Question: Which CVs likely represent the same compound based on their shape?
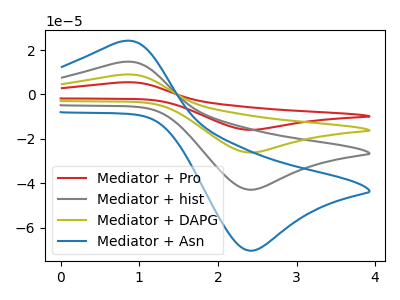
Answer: <think>The red curve "Mediator + Pro" has an anodic peak at (0.80V, 43.90uA) and a cathodic peak at (2.45V, -128.75uA). The gray curve "Mediator + hist" has an anodic peak at (0.80V, 14.65uA) and a cathodic peak at (2.45V, -42.90uA). The olive curve "Mediator + DAPG" has an anodic peak at (0.80V, 29.25uA) and a cathodic peak at (2.45V, -85.85uA). The blue curve "Mediator + Asn" has an anodic peak at (0.80V, 24.00uA) and a cathodic peak at (2.45V, -70.35uA).
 All the peaks in "Mediator + Pro" have a peak in "Mediator + hist" at the same potential. Every peak in "Mediator + Pro" is higher than every peak in "Mediator + hist". All the peaks in "Mediator + Pro" have a peak in "Mediator + DAPG" at the same potential. Every peak in "Mediator + Pro" is higher than every peak in "Mediator + DAPG". All the peaks in "Mediator + Pro" have a peak in "Mediator + Asn" at the same potential. Every peak in "Mediator + Pro" is higher than every peak in "Mediator + Asn". All the peaks in "Mediator + hist" have a peak in "Mediator + DAPG" at the same potential. Every peak in "Mediator + hist" is lower than every peak in "Mediator + DAPG". All the peaks in "Mediator + hist" have a peak in "Mediator + Asn" at the same potential. Every peak in "Mediator + hist" is lower than every peak in "Mediator + Asn". All the peaks in "Mediator + DAPG" have a peak in "Mediator + Asn" at the same potential. Every peak in "Mediator + DAPG" is higher than every peak in "Mediator + Asn".</think>
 <answer>"Mediator + Asn", "Mediator + Pro", "Mediator + hist" and "Mediator + DAPG" have the same shape and are likely CV's of the same chemical.</answer>
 <eval>"Mediator + Asn" "Mediator + Pro" "Mediator + hist" "Mediator + DAPG"</eval>